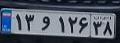
۱۳و۱۲۶۳۸